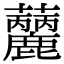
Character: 𧅳